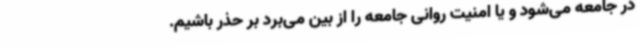
در جامعه می‌شود و یا امنیت روانی جامعه را از بین می‌برد بر حذر باشیم.